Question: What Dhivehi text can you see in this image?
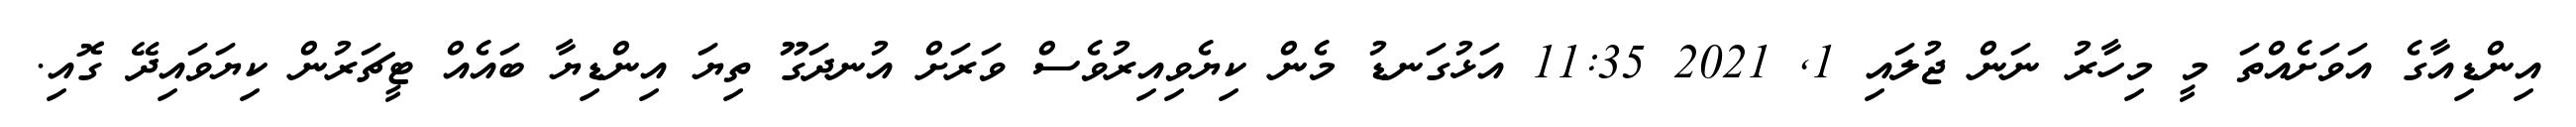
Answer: އިންޑިއާގެ އަވަށެއްތަ މީ މިހާރު ނަން ޖުލައި 1, 2021 11:35 އަޅުގަނޑު މެން ކިޔެވިއިރުވެސް ވަރަށް އުނދަގޫ ތިޔަ އިންޑިޔާ ބައެއް ޓީޗަރުން ކިޔަވައިދޭ ގޮއި.